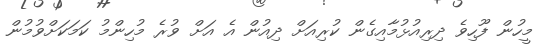
މީހުން ފޫހިވެ ދިރިއުޅުމާއިގެން ކުރިއަށް ދިއުން އެ އަށް ވުރެ މުހިންމު ކަމަކަށްވުމުން